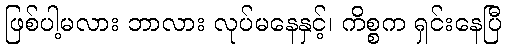
ဖြစ်ပါ့မလား ဘာလား လုပ်မနေနှင့်၊ ကိစ္စက ရှင်းနေပြီ